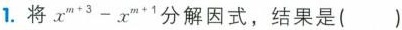
1.将$$x ^{ m + 3 } - x ^{ m + 1 }$$分解因式,结果是()